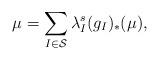
LaTeX: \begin{align*} \mu = \sum_{I\in\mathcal S} \lambda_I^s (g_I)_*(\mu),\end{align*}